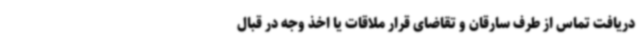
دریافت تماس از طرف سارقان و تقاضای قرار ملاقات یا اخذ وجه در قبال